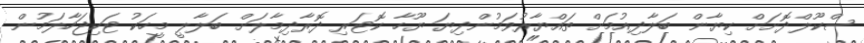
ސްކޫލްދޮށަށް ކިޔާން ބަލާދިއުމަށް ތައްޔާރުވަމުންދިޔަ ޔޫހާ ކޮޓަރި ދޮރާދިމާލަށް ބަލާލީ މީހަކު ޓަކިޖަހާލަމުން